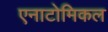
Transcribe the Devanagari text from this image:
एनाटोमिकल